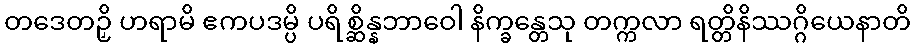
တဒေတဉှိ ဟရာမိ ဧကပဒမ္ပိ ပရိစ္ဆိန္နဘာဝေါ နိက္ခန္တေသု တက္ကလာ ရတ္တိနိဿဂ္ဂိယေနာတိ